Report of the Bombay Veterinary College
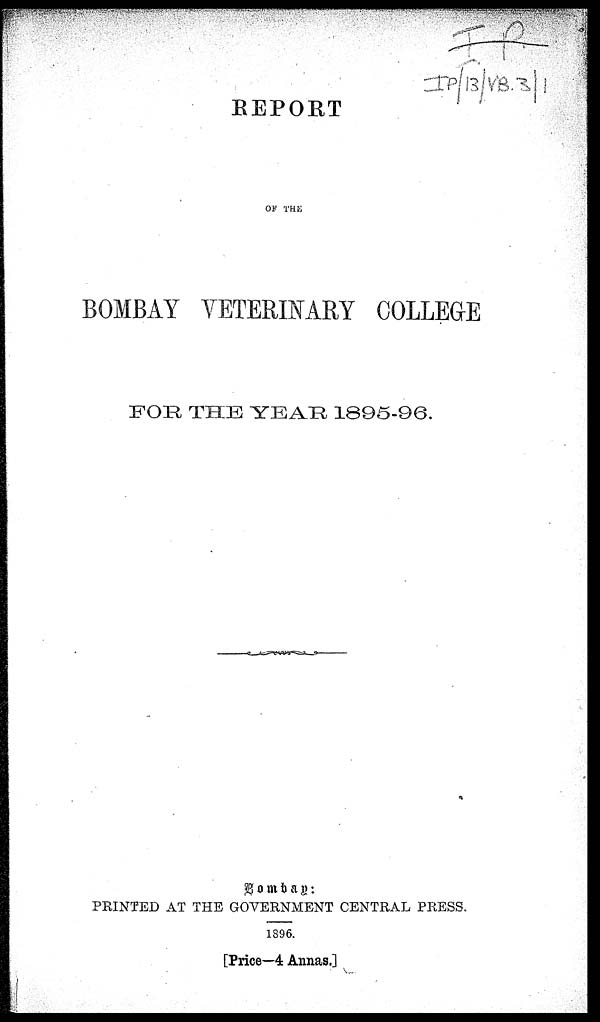
REPORT
OF THE
BOMBAY VETERINARY COLLEGE
FOR THE YEAR 1895-96.
Bombay:
PRINTED AT THE GOVERNMENT CENTRAL PRESS.
1896.
[Price—4 Annas.]